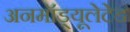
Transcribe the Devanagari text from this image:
अनमॉड्यूलेटेड